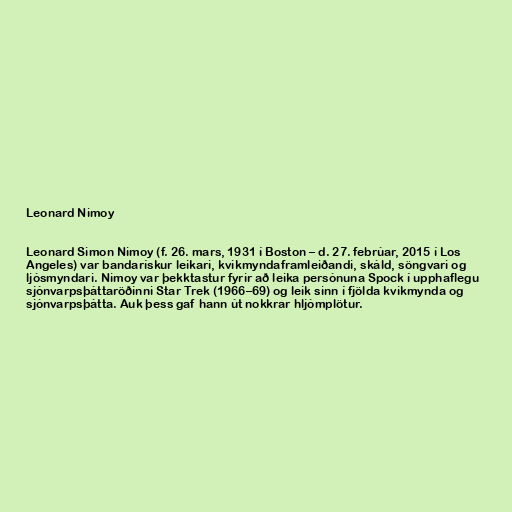
Leonard Nimoy

Leonard Simon Nimoy (f. 26. mars, 1931 í Boston – d. 27. febrúar, 2015 í Los
Angeles) var bandarískur leikari, kvikmyndaframleiðandi, skáld, söngvari og
ljósmyndari. Nimoy var þekktastur fyrir að leika persónuna Spock í upphaflegu
sjónvarpsþáttaröðinni Star Trek (1966–69) og leik sinn í fjölda kvikmynda og
sjónvarpsþátta. Auk þess gaf hann út nokkrar hljómplötur.